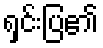
ရှင်းပြ၏